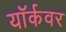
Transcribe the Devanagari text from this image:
यॉर्कवर